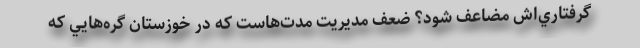
گرفتاري‌اش مضاعف شود؟ ضعف مديريت مدت‌هاست كه در خوزستان گره‌هايي كه